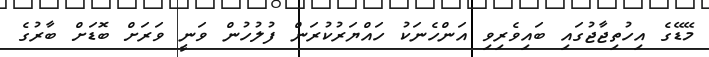
މޭޑޭގެ އިހުތިޖާޖުގައި ބައިވެރިވި އަންހެނަކު ހައްޔަރުކުރަން ފުލުހުން ވަނީ ވަރަށް ބޮޑަށް ބާރުގެ